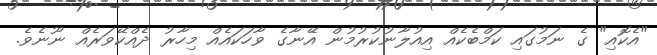
"އެކޮއި" ގެ ނަމުގައި ކަމްބެކެއް އިއުލާނުކުރުމުން އޭނާގެ ވާހަކައެއް މިހާރު ދެއްކޭވަރެއް ނޫނެވެ.